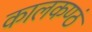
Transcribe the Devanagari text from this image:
कालकण्ठं